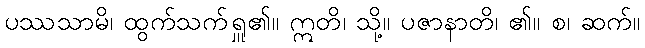
ပဿသာမိ၊ ထွက်သက်ရှူ၏။ ဣတိ၊ သို့။ ပဇာနာတိ၊ ၏။ စ၊ ဆက်။